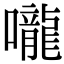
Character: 嚨